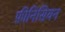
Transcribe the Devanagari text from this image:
फ़ीनिसियन